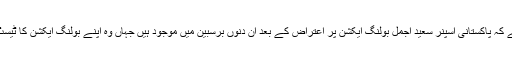
واضح رہے کہ پاکستانی اسپنر سعید اجمل بولنگ ایکشن پر اعتراض کے بعد ان دنوں برسبین میں موجود ہیں جہاں وہ اپنے بولنگ ایکشن کا ٹیسٹ دیں گے۔